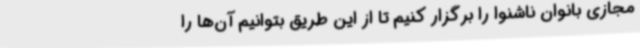
مجازی بانوان ناشنوا را برگزار کنیم تا از این طریق بتوانیم آن‌ها را